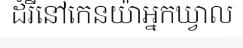
ដំរីនៅកេនយ៉ាអ្នកឃ្វាល